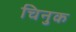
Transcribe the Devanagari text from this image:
चिनुक